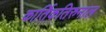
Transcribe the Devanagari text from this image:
कार्तिकतिरुनाल